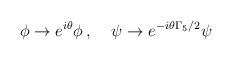
\begin{align*}\phi \rightarrow e^{i \theta} \phi \, , \;\;\;\; \psi \rightarrow e^{-i \theta \Gamma_5/2} \psi\end{align*}